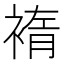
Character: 䙃